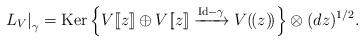
LaTeX: \begin{align*}\left.L_V\right|_\gamma =\mathrm{Ker}\left\{ V[\![z]\!] \oplus V[\![z]\!] \xrightarrow{\mathrm{Id}-\gamma} V(\!(z)\!)\right\}\otimes(dz)^{1/2}.\end{align*}